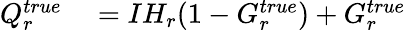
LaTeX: \begin{array}{rl}{Q_{r}^{true}}&{{}=IH_{r}(1-G_{r}^{true})+G_{r}^{true}}\end{array}